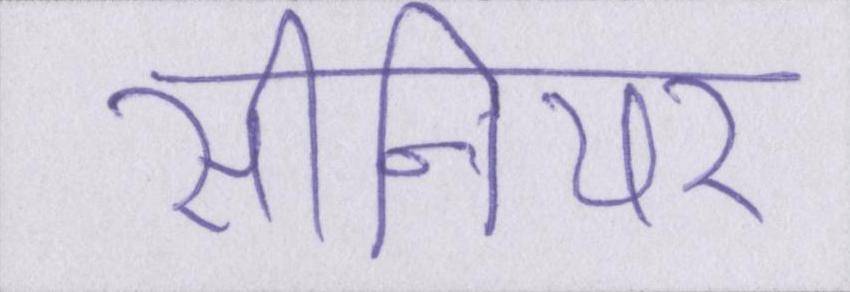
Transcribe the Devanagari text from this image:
सीनियर